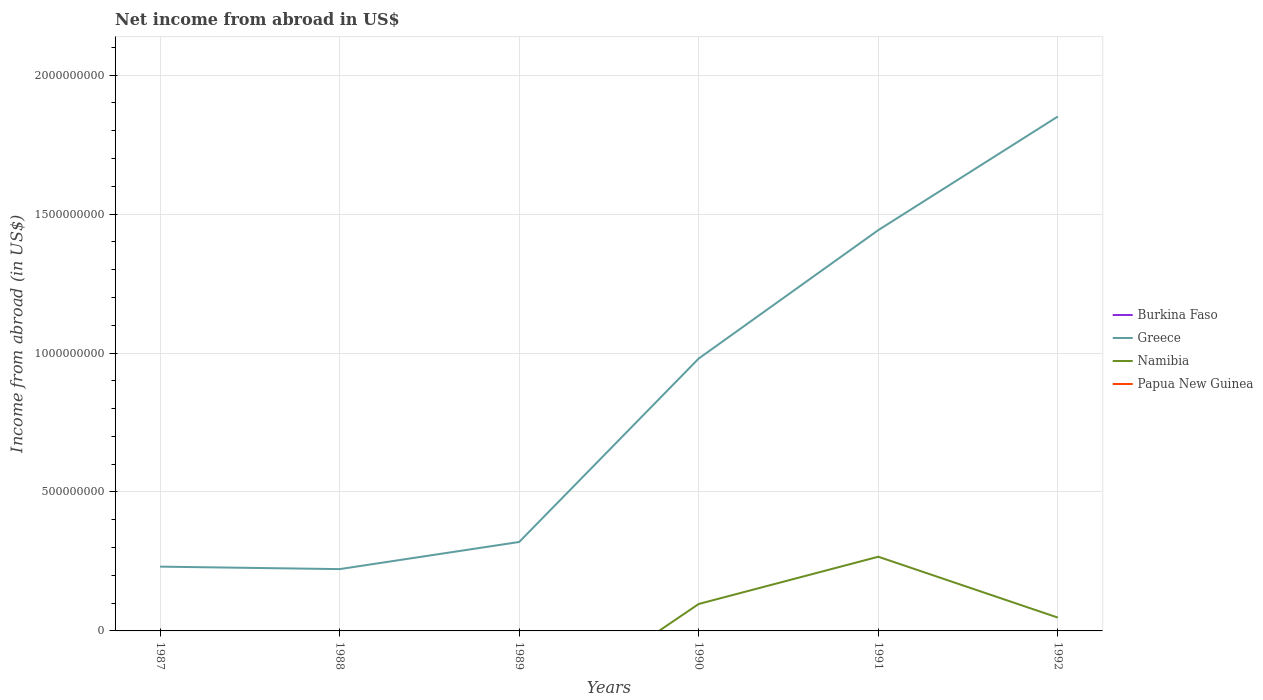
| Years | Burkina Faso | Greece | Namibia | Papua New Guinea |
 | --- | --- | --- | --- | --- |
 | 1987 | -2.64e+09 | 2.31e+08 | -2.17e+08 | -1.30e+08 |
 | 1988 | -3.9e+09 | 2.22e+08 | -5.95e+08 | -1.22e+08 |
 | 1989 | -3.8e+09 | 3.2e+08 | -3.41e+08 | -1.15e+08 |
 | 1990 | -2e+09 | 9.8e+08 | 9.7e+07 | -1.18e+08 |
 | 1991 | -2.6e+09 | 1.44e+09 | 2.67e+08 | -1.18e+08 |
 | 1992 | -3.17e+09 | 1.85e+09 | 4.8e+07 | -3.85e+08 |